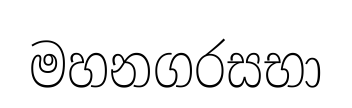
මහනගරසභා